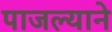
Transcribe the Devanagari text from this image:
पाजल्याने